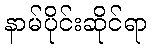
နာမ်ပိုင်းဆိုင်ရာ